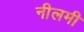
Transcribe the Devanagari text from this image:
नीलमी